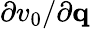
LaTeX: \partial v_{0}/\partial{\mathbf q}